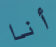
أنا